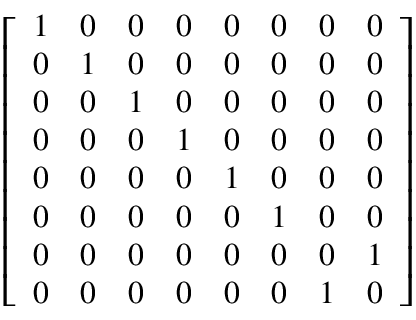
{ \left[ \begin{array} { l l l l l l l l } { 1 } & { 0 } & { 0 } & { 0 } & { 0 } & { 0 } & { 0 } & { 0 } \\ { 0 } & { 1 } & { 0 } & { 0 } & { 0 } & { 0 } & { 0 } & { 0 } \\ { 0 } & { 0 } & { 1 } & { 0 } & { 0 } & { 0 } & { 0 } & { 0 } \\ { 0 } & { 0 } & { 0 } & { 1 } & { 0 } & { 0 } & { 0 } & { 0 } \\ { 0 } & { 0 } & { 0 } & { 0 } & { 1 } & { 0 } & { 0 } & { 0 } \\ { 0 } & { 0 } & { 0 } & { 0 } & { 0 } & { 1 } & { 0 } & { 0 } \\ { 0 } & { 0 } & { 0 } & { 0 } & { 0 } & { 0 } & { 0 } & { 1 } \\ { 0 } & { 0 } & { 0 } & { 0 } & { 0 } & { 0 } & { 1 } & { 0 } \end{array} \right] }